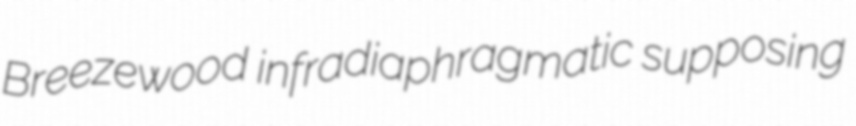
Breezewood infradiaphragmatic supposing